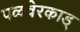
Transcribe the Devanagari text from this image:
पळवेरकाड्